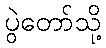
ပွဲတော်သို့